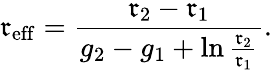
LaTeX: \mathfrak{r}_{\mathrm{{eff}}}=\frac{{\mathfrak{r}_{2}-\mathfrak{r}_{1}}}{{g_{2}-g_{1}+\ln\frac{{\mathfrak{r}_{2}}}{{\mathfrak{r}_{1}}}}}.